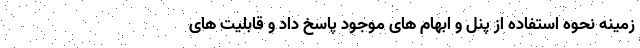
زمینه نحوه استفاده از پنل و ابهام های موجود پاسخ داد و قابلیت های